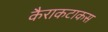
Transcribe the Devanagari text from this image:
कैराकटाकस